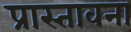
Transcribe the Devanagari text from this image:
प्रास्तावना